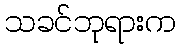
သခင်ဘုရားက